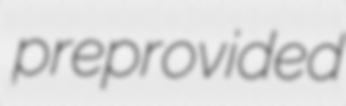
preprovided